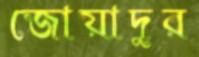
জোয়াদুর